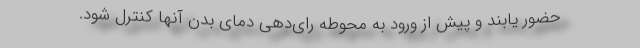
حضور یابند و پیش از ورود به محوطه رای‌دهی دمای بدن آنها کنترل شود.